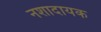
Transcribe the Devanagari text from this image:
नशादायक